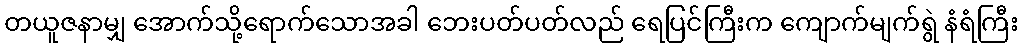
တယူဇနာမျှ အောက်သို့ရောက်သောအခါ ဘေးပတ်ပတ်လည် ရေပြင်ကြီးက ကျောက်မျက်ရွဲ နံရံကြီး